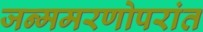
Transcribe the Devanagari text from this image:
जन्ममरणोपरांत